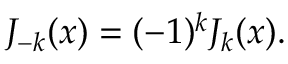
J _ { - k } ( x ) = ( - 1 ) ^ { k } J _ { k } ( x ) .